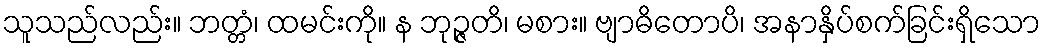
သူသည်လည်း။ ဘတ္တံ၊ ထမင်းကို။ န ဘုဉ္ဇတိ၊ မစား။ ဗျာဓိတောပိ၊ အနာနှိပ်စက်ခြင်းရှိသော